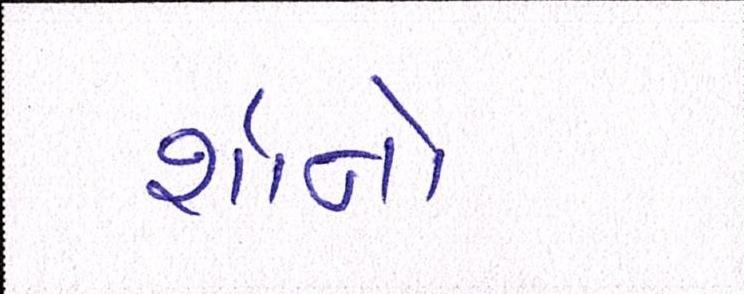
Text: શૉનો